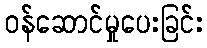
ဝန်ဆောင်မှုပေးခြင်း